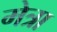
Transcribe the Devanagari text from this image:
मेत्रा